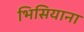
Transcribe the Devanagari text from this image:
भिसियाना